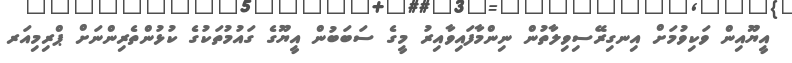
އީޔޫއިން ވަކިވުމަށް އިނގިރޭސިވިލާތުން ނިންމާފައިވާއިރު މީގެ ސަބަބުން އީޔޫގެ ގައުމުތަކުގެ ކުޅުންތެރިންނަށް ޕްރިމިއަރ